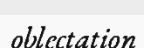
oblectation